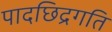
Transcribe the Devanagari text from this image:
पादछिद्रगति